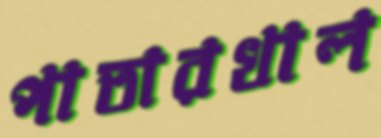
পাতারখাল